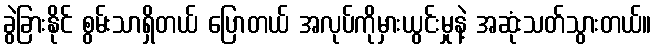
ခွဲခြားနိုင် စွမ်းသာရှိတယ် ပြောတယ် အလုပ်ကိုမှားယွင်းမှုနဲ့ အဆုံးသတ်သွားတယ်။